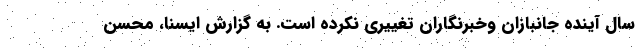
سال آینده جانبازان وخبرنگاران تغییری نکرده است. به گزارش ایسنا، محسن